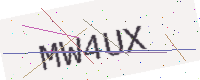
Text: MW4UX